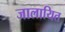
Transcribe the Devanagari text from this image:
जालायित